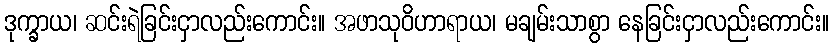
ဒုက္ခာယ၊ ဆင်းရဲခြင်းငှာလည်းကောင်း။ အဖာသုဝိဟာရာယ၊ မချမ်းသာစွာ နေခြင်းငှာလည်းကောင်း။